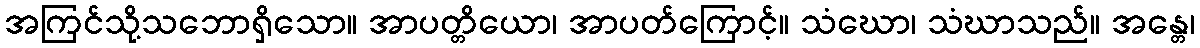
အကြင်သို့သဘောရှိသော။ အာပတ္တိယော၊ အာပတ်ကြောင့်။ သံဃော၊ သံဃာသည်။ အန္တေ၊